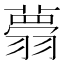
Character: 𦒃